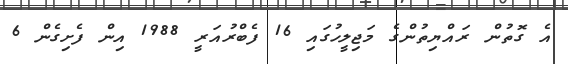
އެ ގޮތުން ރައްޔިތުންގެ މަޖިލީހުގައި 16 ފެބްރުއަރީ 1988 އިން ފެށިގެން 6